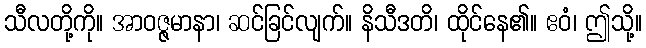
သီလတို့ကို။ အာဝဇ္ဇမာနာ၊ ဆင်ခြင်လျက်။ နိသီဒတိ၊ ထိုင်နေ၏။ ဧဝံ၊ ဤသို့။